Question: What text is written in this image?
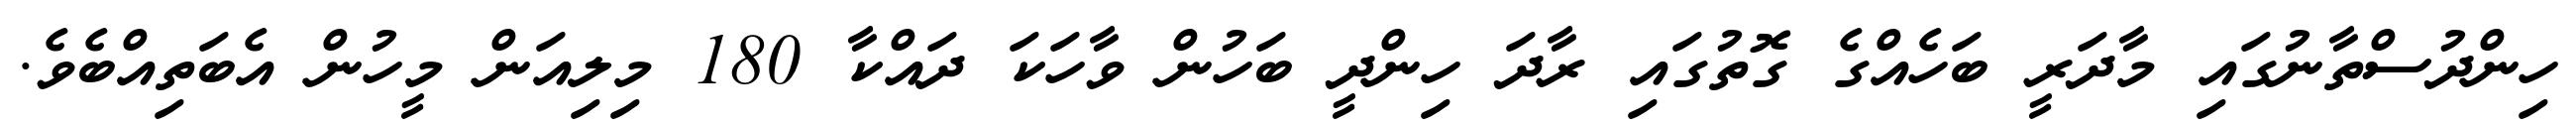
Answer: ހިންދުސްތާނުގައި މާދަރީ ބަހެއްގެ ގޮތުގައި ރާދަ ހިންދީ ބަހުން ވާހަކަ ދައްކާ 180 މިލިއަން މީހުން އެބަތިއްބެވެ.